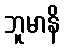
ဘူမာနိ